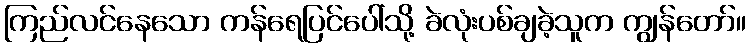
ကြည်လင်နေသော ကန်ရေပြင်ပေါ်သို့ ခဲလုံးပစ်ချခဲ့သူက ကျွန်တော်။